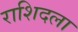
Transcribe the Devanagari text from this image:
राशिदला